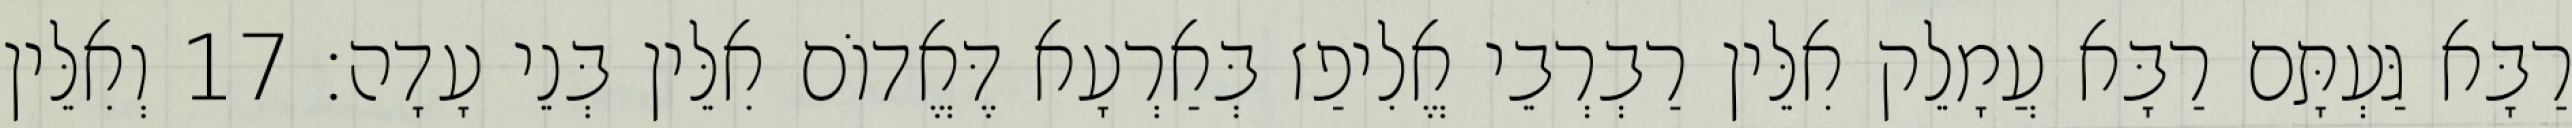
רַבָּא גַּעְתָּם רַבָּא עֲמָלֵק אִלֵּין רַבְרְבֵי אֱלִיפַז בְּאַרְעָא דֶּאֱדוֹם אִלֵּין בְּנֵי עָדָה׃ 17 וְאִלֵּין